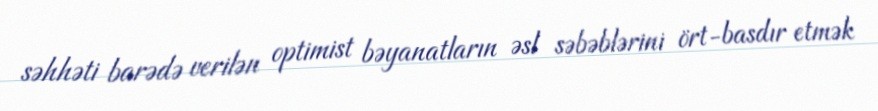
səhhəti barədə verilən optimist bəyanatların əsl səbəblərini ört-basdır etmək